Annual report of the Punjab Veterinary College and of the Civil Veterinary Department, Punjab - 1894-1908
Year: 1894
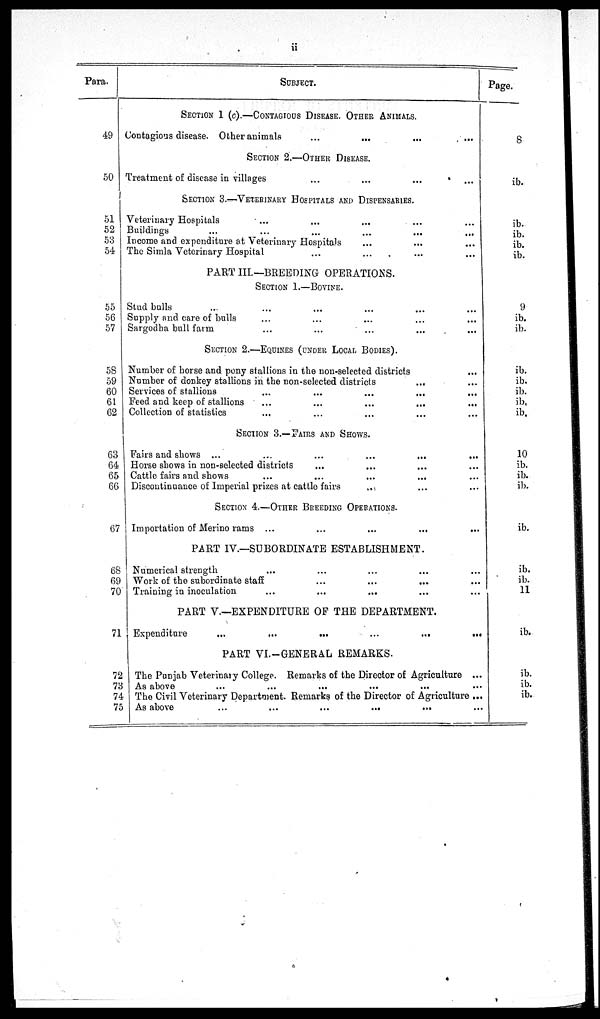
ii
Para.
49
50
51
52
53
54
55
56
57
58
59
60
61
62
63
64
65
66
67
68
69
70
71
72
73
74
75
SUBJECT.
SECTION 1 (c).—CONTAGIOUS DISEASE. OTHER ANIMALS.
Contagious disease. Other animals ... ... ... ... ...
SECTION 2.—OTHER DISEASE.
Treatment of disease in villages ... ... ... ... ...
SECTION 3.—VETERINARY HOSPITALS AND DISPENSARIES.
Veterinary Hospitals ... ... ... ... ...
Buildings ... ... ... ... ...
Income and expenditure at Veterinary Hospitals ... ... ... ... ...
The Simla Veterinary Hospital ... ... ... ... ...
PART III.—BREEDING OPERATIONS.
SECTION 1.—BOVINE.
Stud bulls
Supply and care of bulls
Sargodha bull farm
SECTION 2.—EQUINE (UNDER LOCAL BODIES).
Number of horse and pony stallions in the non-selected districts ...
Number of donkey stallions in the non-selected districts ... ...
Services of stallions
...
...
...
...
Feed and keep of stallions
...
...
...
...
...
Collection of statistics ... ... ... ... ...
SECTION 3.—FAIRS AND SHOWS.
Fairs and shows ...
...
...
...
...
Horse shows in non-selected districts ... ... ... ... ...
Cattle fairs and shows ... ... ... ... ...
Discontinuance of Imperial prizes at cattle fairs ... ... ...
SECTION 4.—OTHER BREEDING OPERATIONS.
Importation of Merino rams ...
...
...
...
PART IV.—SUBORDINATE ESTABLISHMENT.
Numerical strength ... ... ... ... ...
Work of the subordinate staff ... ... ... ... ...
Training in inoculation ... ... ... ... ...
PART V.—EXPENDITURE OF THE DEPARTMENT.
Expenditure
...
...
...
...
...
...
PART VI.-GENERAL REMARKS.
The Punjab Veterinary College. Remarks of the Director of Agriculture ...
As above ... ... ... ... ...
The Civil Veterinary Department. Remarks of the Director of Agriculture ...
As above
...
...
...
...
Page.
8
ib.
ib.
ib.
ib.
ib.
9
ib.
ib.
ib.
ib.
ib.
ib.
ib.
10
ib.
ib.
ib.
ib.
ib.
ib.
11
ib.
ib.
ib.
ib.